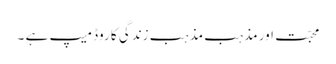
محبّت اور مذہب مذہب زندگی کا روڈ میپ ہے ۔